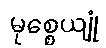
မုစ္စေယျုံ